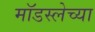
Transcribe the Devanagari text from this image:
मॉडस्लेच्या